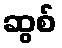
ဆွစ်